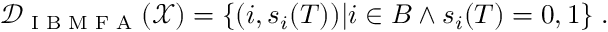
\mathcal { D } _ { \textrm { I B M F A } } ( \mathcal { X } ) = \{ ( i , s _ { i } ( T ) ) | i \in B \land s _ { i } ( T ) = 0 , 1 \} \; .